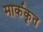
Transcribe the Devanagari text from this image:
मार्ककृत